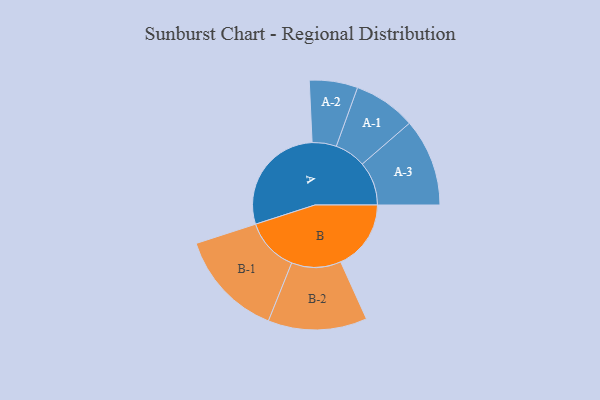
{"axis": {"x": "Segment", "y": "Value"}, "legend": ["", "A", "B"], "data": [{"x": "A", "y": 476, "type": ""}, {"x": "B", "y": 297, "type": ""}, {"x": "A-1", "y": 132, "type": "A"}, {"x": "A-2", "y": 102, "type": "A"}, {"x": "A-3", "y": 185, "type": "A"}, {"x": "B-1", "y": 227, "type": "B"}, {"x": "B-2", "y": 209, "type": "B"}]}